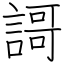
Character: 謌